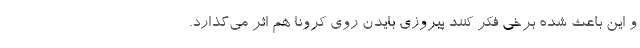
و این باعث شده برخی فکر کنند پیروزی بایدن روی کرونا هم اثر می‌گذارد.